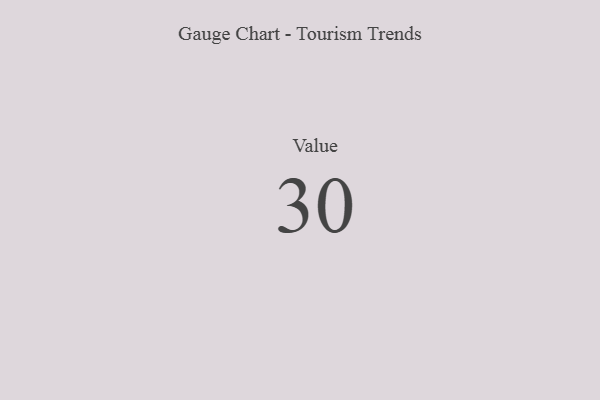
{"axis": {"x": "Metric", "y": "Value"}, "legend": [""], "data": [{"x": "Value", "y": 30, "type": ""}]}